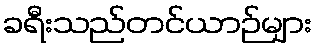
ခရီးသည်တင်ယာဉ်များ